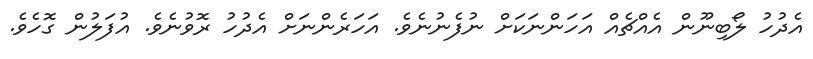
އެދުހު ލޯބިނޫން އެއްޗެއް އަހަންނަކަށް ނުފެނުނެވެ. އަހަރެންނަށް އެދުހު ރޮވުނެވެ. އުފަލުން ގޮހެވެ.